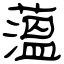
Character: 薀